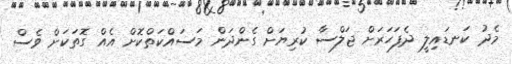
މެދު ކަނޑައިލީ ދެފަހަރަށް ޖަލްސާ ކުރިޔަށް ގެންދަން މަސައްކަތްކޮށް އެއް ގޮތަކަށް ވެސް